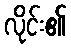
လိုင်း၏